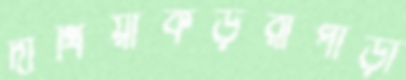
দাঁথিয়াকড়রাপাড়া